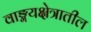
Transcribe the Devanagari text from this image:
वाङ्मयक्षेत्रातील